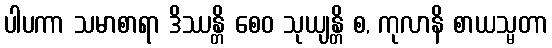
ပါပကာ သမာစာရာ ဒိဿန္တိ စေဝ သုယျန္တိ စ, ကုလာနိ စာယသ္မတာ